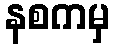
နစကမှ